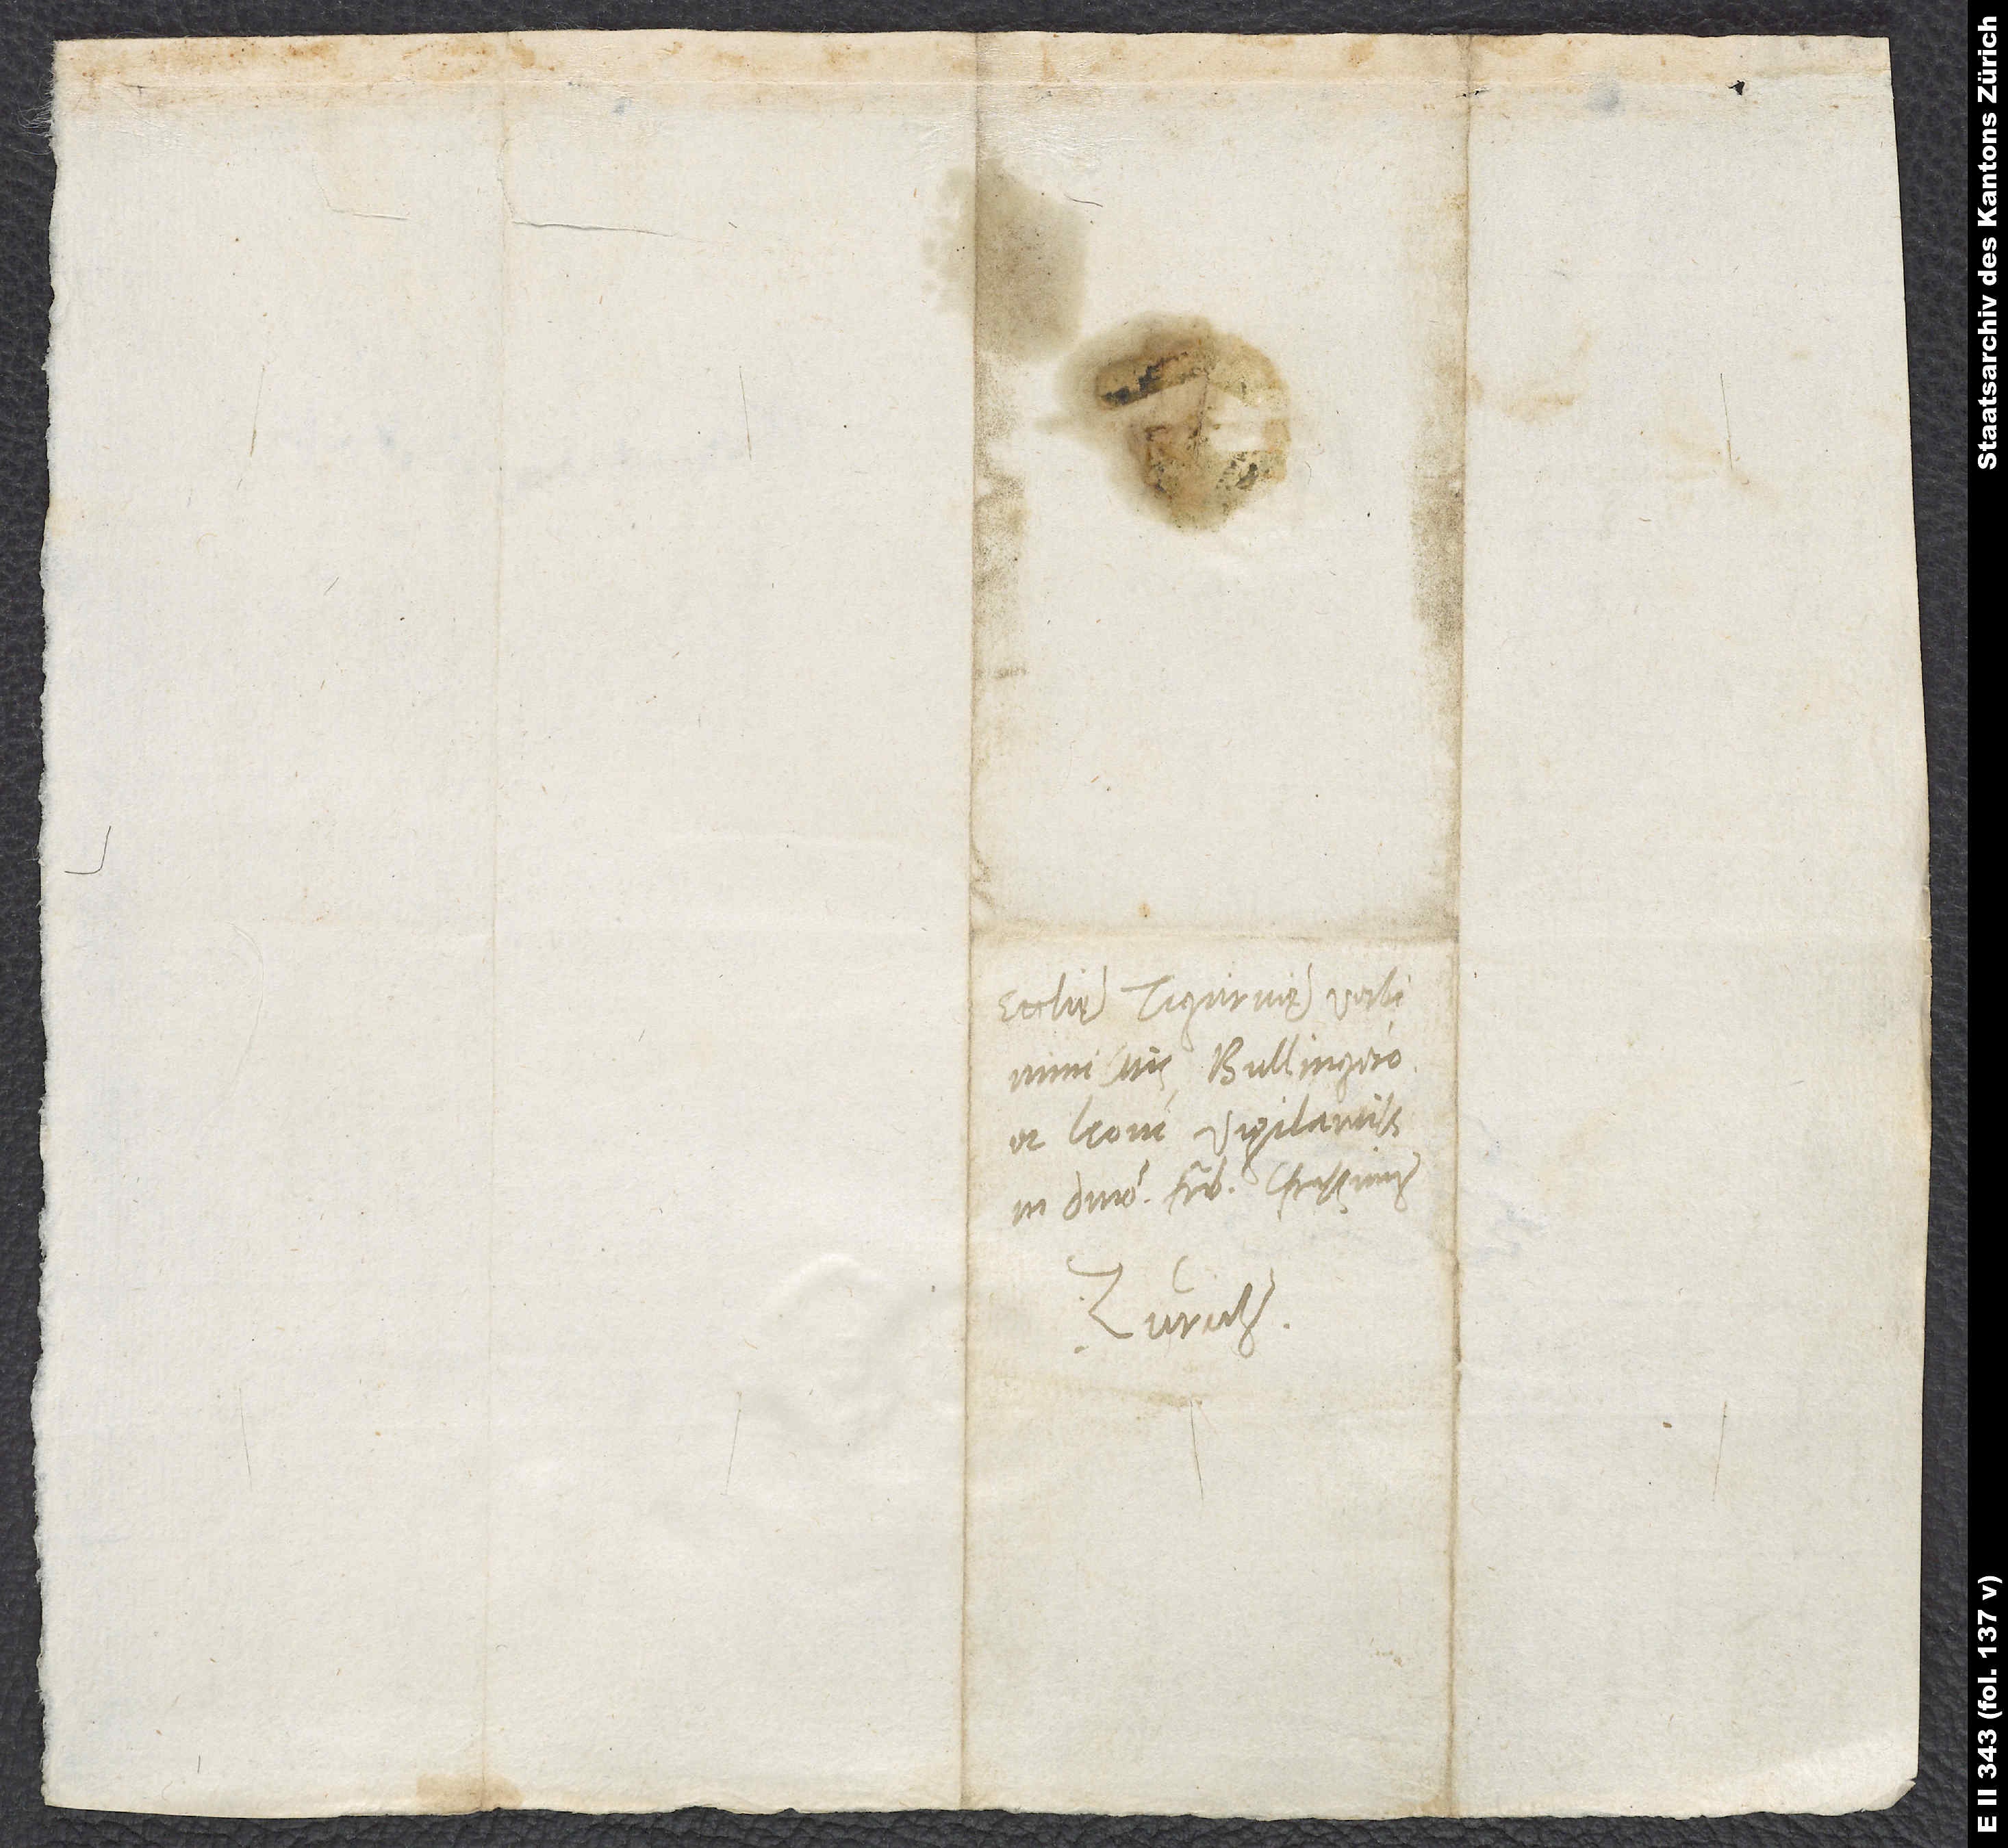
Ecclesię Tigurinę verbi
ministris Bullingero
et Leoni vigilantissimis,
in domino fratribus charissimis.
Zurich.